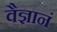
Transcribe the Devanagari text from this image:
वैज्ञानं